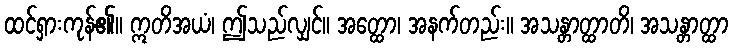
ထင်ရှားကုန်၏။ ဣတိအယံ၊ ဤသည်လျှင်။ အတ္ထော၊ အနက်တည်း။ အသန္တာတ္ထာတိ၊ အသန္တာတ္ထာ